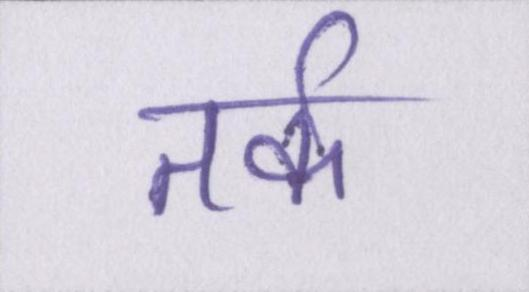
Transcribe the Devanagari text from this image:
तर्क